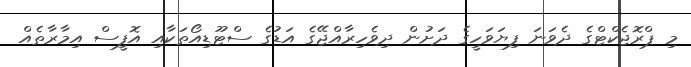
މި ޕްރޮޖެކްޓްގެ ދެވަނަ ފިޔަވަހީގެ ދަށުން ދިވެހިރާއްޖޭގެ އަޑުގެ ސްޓޫޑިއޯތަކާއި އޮފީސް އިމާރާތެއް